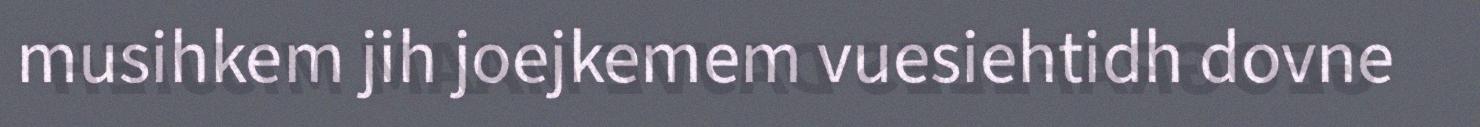
musihkem jih joejkemem vuesiehtidh dovne